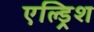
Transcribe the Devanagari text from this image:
एल्ड्रिश